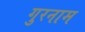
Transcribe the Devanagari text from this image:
गुरनाम